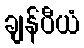
ချန်ပီယံ